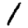
Digit: 1